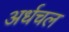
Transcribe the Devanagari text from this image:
अर्धचल